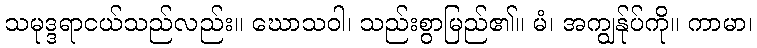
သမုဒ္ဒရာငယ်သည်လည်း။ ဃောသဝါ၊ သည်းစွာမြည်၏။ မံ၊ အကျွန်ုပ်ကို။ ကာမာ၊